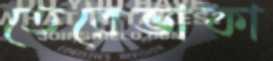
তেরেভাকা